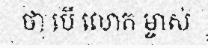
ថា បើ លោក ម្ចាស់